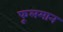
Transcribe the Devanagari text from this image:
फूलमान